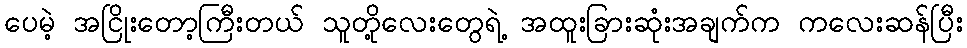
ပေမဲ့ အငြိုးတော့ကြီးတယ် သူတို့လေးတွေရဲ့ အထူးခြားဆုံးအချက်က ကလေးဆန်ပြီး